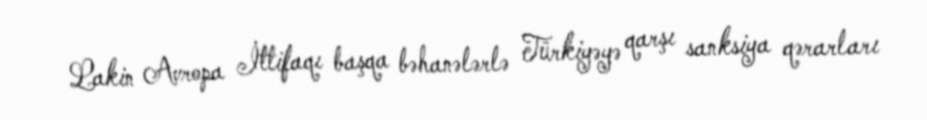
Lakin Avropa İttifaqı başqa bəhanələrlə Türkiyəyə qarşı sanksiya qərarları